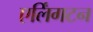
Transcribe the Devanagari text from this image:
एर्लिंगटन